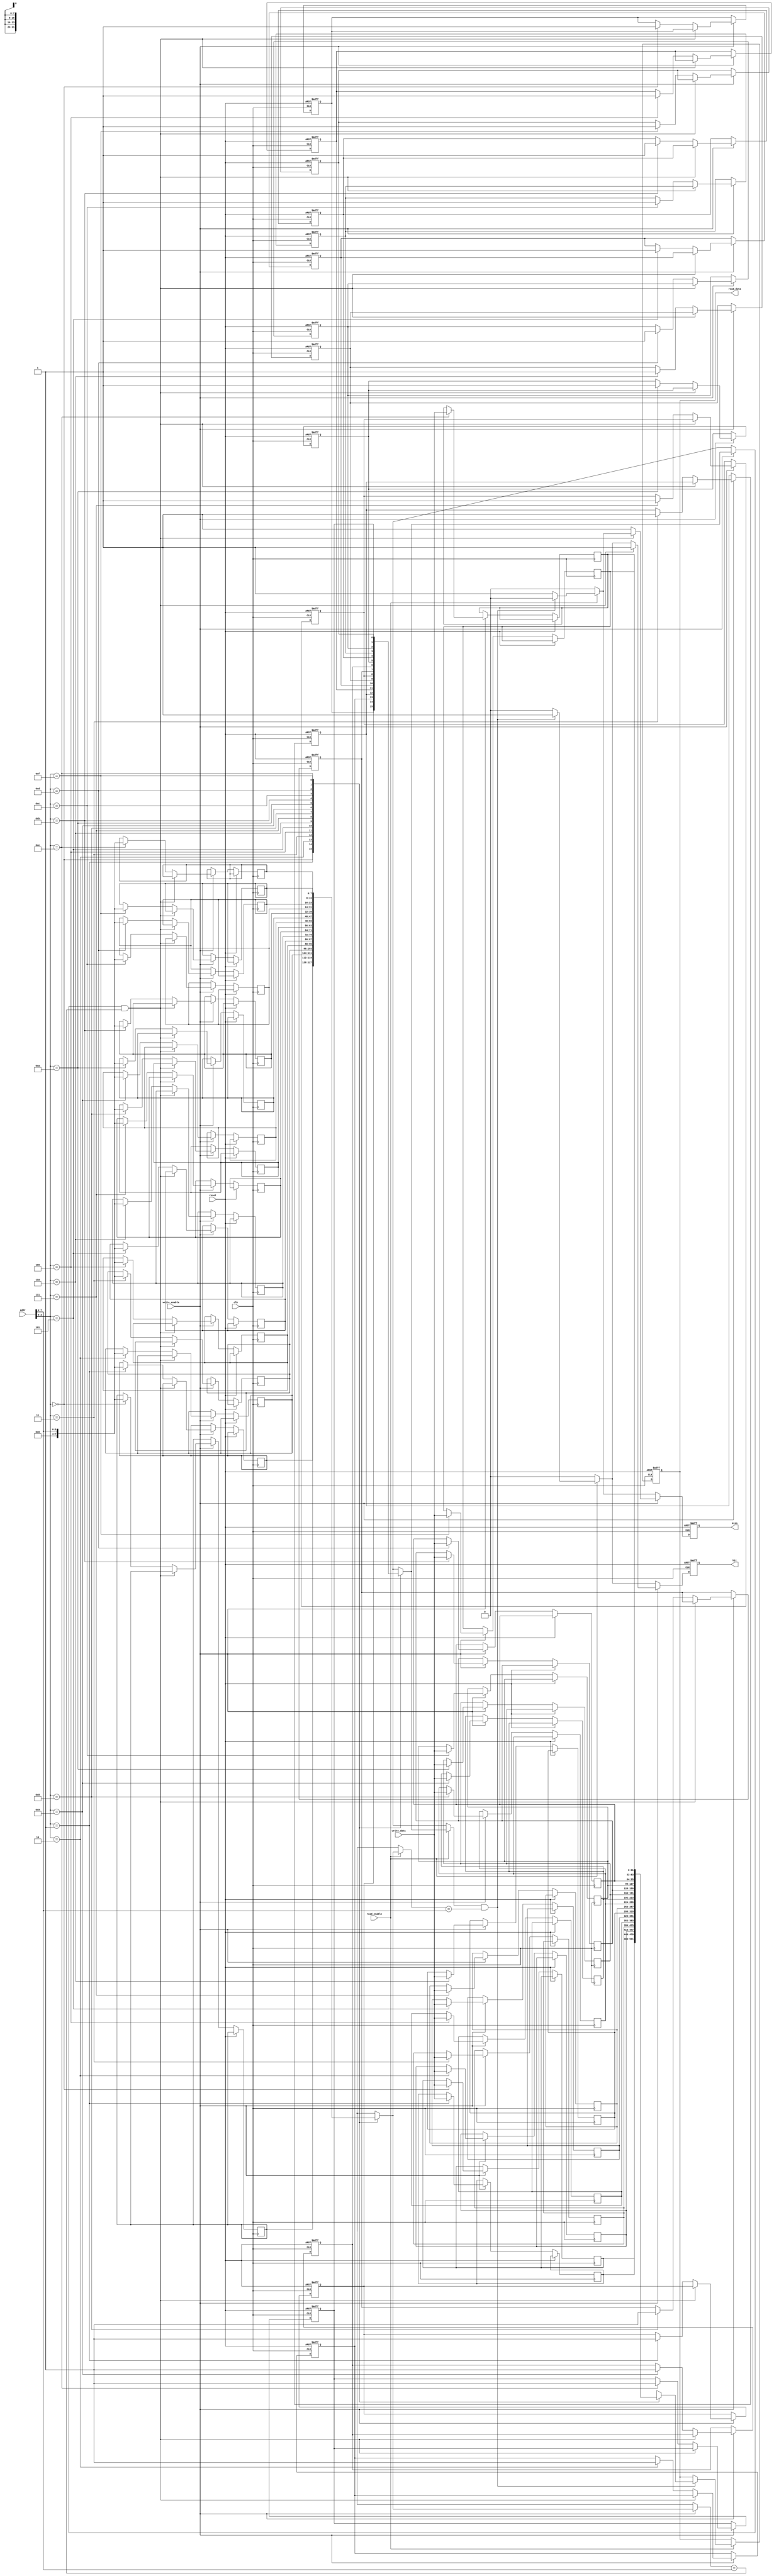
module data_cache #(
    parameter CACHE_SIZE = 16,       // Number of cache lines
    parameter LINE_SIZE = 4,          // Number of bytes per cache line
    parameter ADDR_WIDTH = 8           // Address width
)(
    input wire clk,
    input wire reset,
    input wire [ADDR_WIDTH-1:0] addr, // Address for read/write
    input wire [LINE_SIZE*8-1:0] write_data, // Data to write
    input wire read_enable,
    input wire write_enable,
    output reg [LINE_SIZE*8-1:0] read_data, // Data read from cache
    output reg hit,                     // Cache hit signal
    output reg miss                     // Cache miss signal
);

    // Cache line structure
    reg [LINE_SIZE*8-1:0] cache_data [0:CACHE_SIZE-1]; // Cache data
    reg [ADDR_WIDTH-1:0] cache_tag [0:CACHE_SIZE-1];   // Cache tags
    reg cache_valid [0:CACHE_SIZE-1];                   // Valid bits
    reg cache_dirty [0:CACHE_SIZE-1];                   // Dirty bits

    // Calculate index and tag from address
    wire [ADDR_WIDTH-1:0] tag = addr[ADDR_WIDTH-1:ADDR_WIDTH - $clog2(CACHE_SIZE)];
    wire [$clog2(CACHE_SIZE)-1:0] index = addr[$clog2(CACHE_SIZE)-1:0];

    integer i;

    always @(posedge clk or posedge reset) begin
        if (reset) begin
            // Initialize cache
            for (i = 0; i < CACHE_SIZE; i = i + 1) begin
                cache_valid[i] <= 1'b0;
                cache_dirty[i] <= 1'b0;
            end
            read_data <= 0;
            hit <= 0;
            miss <= 0;
        end else begin
            hit <= 0;
            miss <= 0;

            // Read operation
            if (read_enable) begin
                if (cache_valid[index] && (cache_tag[index] == tag)) begin
                    // Cache hit
                    read_data <= cache_data[index];
                    hit <= 1;
                end else begin
                    // Cache miss
                    miss <= 1;
                    // Fetch data from main memory (not implemented here)
                    // Assume data fetched is `fetched_data`
                    // read_data <= fetched_data;
                end
            end

            // Write operation
            if (write_enable) begin
                if (cache_valid[index] && (cache_tag[index] == tag)) begin
                    // Cache hit, update data
                    cache_data[index] <= write_data;
                    cache_dirty[index] <= 1'b1; // Set dirty bit
                    hit <= 1;
                end else begin
                    // Cache miss, load data into cache
                    // If the line is dirty, write back to memory (not implemented here)
                    cache_tag[index] <= tag;
                    cache_data[index] <= write_data;
                    cache_valid[index] <= 1'b1;
                    cache_dirty[index] <= 1'b1; // Set dirty bit
                    miss <= 1;
                end
            end
        end
    end
endmodule